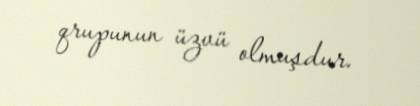
qrupunun üzvü olmuşdur.